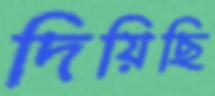
দিয়িছি